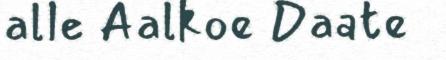
alle Aalkoe Daate